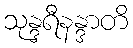
သုန္ဒရီနန္ဒာတိ